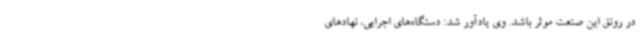
در رونق این صنعت موثر باشد. وی یادآور شد: دستگاه‌های اجرایی، نهادهای